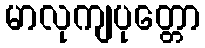
မာလုကျပုတ္တော